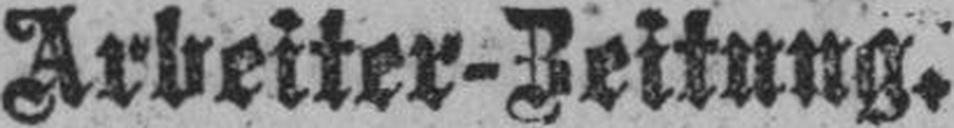
Arbeiter-Zeitung.